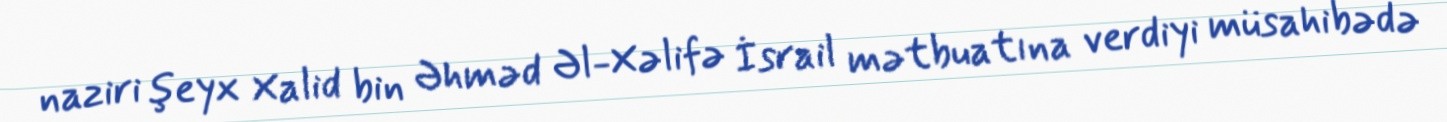
naziri şeyx Xalid bin Əhməd Əl-Xəlifə İsrail mətbuatına verdiyi müsahibədə